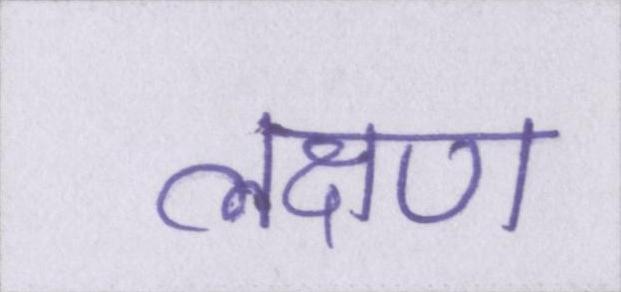
लक्ष्ण